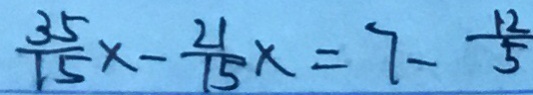
\frac { 3 5 } { 1 5 } x - \frac { 2 1 } { 1 5 } x = 7 - \frac { 1 2 } { 5 }